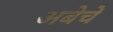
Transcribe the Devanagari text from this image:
अबेचे